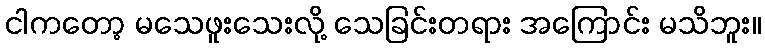
ငါကတော့ မသေဖူးသေးလို့ သေခြင်းတရား အကြောင်း မသိဘူး။